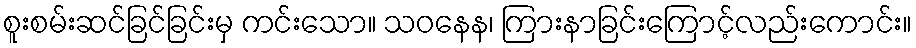
စူးစမ်းဆင်ခြင်ခြင်းမှ ကင်းသော။ သဝနေန၊ ကြားနာခြင်းကြောင့်လည်းကောင်း။